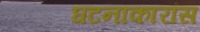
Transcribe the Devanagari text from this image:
घटनाकारांस